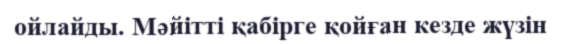
ойлайды. Мәйітті қабірге қойған кезде жүзін